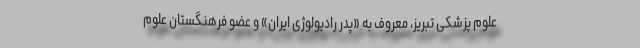
علوم پزشکی تبریز، معروف به «پدر رادیولوژی ایران» و عضو فرهنگستان علوم